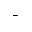
^ -